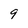
Character: 9